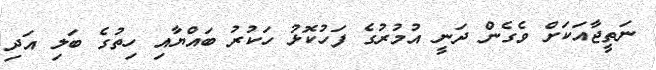
ނަތީޖާއަކަށް ވެގެން ދަނީ އުމުރުގެ ފަހުކޮޅު ހަކުރު ބައްޔާާއި ހިތުގެ ބަލި އަދި